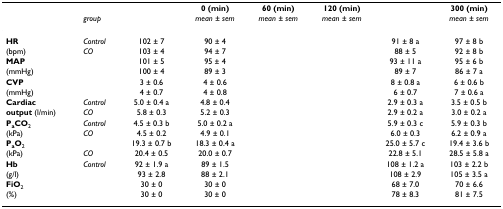
<table><thead><tr><td>[EMPTY_CELL]</td><td>[EMPTY_CELL]</td><td>[EMPTY_CELL]</td><td><b>0 (min)</b></td><td><b>60 (min)</b></td><td><b>120 (min)</b></td><td>[EMPTY_CELL]</td><td><b>300 (min)</b></td></tr><tr><td>[EMPTY_CELL]</td><td><b><i>group</i></b></td><td>[EMPTY_CELL]</td><td><b><i>mean ± sem</i></b></td><td><b><i>mean ± sem</i></b></td><td><b><i>mean ± sem</i></b></td><td>[EMPTY_CELL]</td><td><b><i>mean ± sem</i></b></td></tr></thead><tbody><tr><td><b>HR</b></td><td><i>Control</i></td><td>102 ± 7</td><td>90 ± 4</td><td>[EMPTY_CELL]</td><td>[EMPTY_CELL]</td><td>91 ± 8 a</td><td>97 ± 8 b</td></tr><tr><td>(bpm)</td><td><i>CO</i></td><td>103 ± 4</td><td>94 ± 7</td><td>[EMPTY_CELL]</td><td>[EMPTY_CELL]</td><td>88 ± 5</td><td>92 ± 8 b</td></tr><tr><td><b>MAP</b></td><td>[EMPTY_CELL]</td><td>101 ± 5</td><td>95 ± 4</td><td>[EMPTY_CELL]</td><td>[EMPTY_CELL]</td><td>93 ± 11 a</td><td>95 ± 6 b</td></tr><tr><td>(mmHg)</td><td>[EMPTY_CELL]</td><td>100 ± 4</td><td>89 ± 3</td><td>[EMPTY_CELL]</td><td>[EMPTY_CELL]</td><td>89 ± 7</td><td>86 ± 7 a</td></tr><tr><td><b>CVP</b></td><td>[EMPTY_CELL]</td><td>3 ± 0.6</td><td>4 ± 0.6</td><td>[EMPTY_CELL]</td><td>[EMPTY_CELL]</td><td>8 ± 0.8 a</td><td>6 ± 0.6 b</td></tr><tr><td>(mmHg)</td><td>[EMPTY_CELL]</td><td>4 ± 0.7</td><td>4 ± 0.8</td><td>[EMPTY_CELL]</td><td>[EMPTY_CELL]</td><td>6 ± 0.7</td><td>7 ± 0.6 a</td></tr><tr><td><b>Cardiac</b></td><td><i>Control</i></td><td>5.0 ± 0.4 a</td><td>4.8 ± 0.4</td><td>[EMPTY_CELL]</td><td>[EMPTY_CELL]</td><td>2.9 ± 0.3 a</td><td>3.5 ± 0.5 b</td></tr><tr><td><b>output </b>(l/min)</td><td><i>CO</i></td><td>5.8 ± 0.3</td><td>5.2 ± 0.3</td><td>[EMPTY_CELL]</td><td>[EMPTY_CELL]</td><td>2.9 ± 0.2 a</td><td>3.0 ± 0.2 a</td></tr><tr><td><b>P<sub>a</sub>CO</b><sub>2</sub></td><td><i>Control</i></td><td>4.5 ± 0.3 b</td><td>5.0 ± 0.2 a</td><td>[EMPTY_CELL]</td><td>[EMPTY_CELL]</td><td>5.9 ± 0.3 c</td><td>5.9 ± 0.3 b</td></tr><tr><td>(kPa)</td><td><i>CO</i></td><td>4.5 ± 0.2</td><td>4.9 ± 0.1</td><td>[EMPTY_CELL]</td><td>[EMPTY_CELL]</td><td>6.0 ± 0.3</td><td>6.2 ± 0.9 a</td></tr><tr><td><b>P<sub>a</sub>O</b><sub>2</sub></td><td>[EMPTY_CELL]</td><td>19.3 ± 0.7 b</td><td>18.3 ± 0.4 a</td><td>[EMPTY_CELL]</td><td>[EMPTY_CELL]</td><td>25.0 ± 5.7 c</td><td>19.4 ± 3.6 b</td></tr><tr><td>(kPa)</td><td><i>CO</i></td><td>20.4 ± 0.5</td><td>20.0 ± 0.7</td><td>[EMPTY_CELL]</td><td>[EMPTY_CELL]</td><td>22.8 ± 5.1</td><td>28.5 ± 5.8 a</td></tr><tr><td><b>Hb</b></td><td><i>Control</i></td><td>92 ± 1.9 a</td><td>89 ± 1.5</td><td>[EMPTY_CELL]</td><td>[EMPTY_CELL]</td><td>108 ± 1.2 a</td><td>103 ± 2.2 b</td></tr><tr><td>(g/l)</td><td>[EMPTY_CELL]</td><td>93 ± 2.8</td><td>88 ± 2.1</td><td>[EMPTY_CELL]</td><td>[EMPTY_CELL]</td><td>108 ± 2.9</td><td>105 ± 3.5 a</td></tr><tr><td><b>FiO</b><sub>2</sub></td><td>[EMPTY_CELL]</td><td>30 ± 0</td><td>30 ± 0</td><td>[EMPTY_CELL]</td><td>[EMPTY_CELL]</td><td>68 ± 7.0</td><td>70 ± 6.6</td></tr><tr><td>(%)</td><td>[EMPTY_CELL]</td><td>30 ± 0</td><td>30 ± 0</td><td>[EMPTY_CELL]</td><td>[EMPTY_CELL]</td><td>78 ± 8.3</td><td>81 ± 7.5</td></tr></tbody></table>